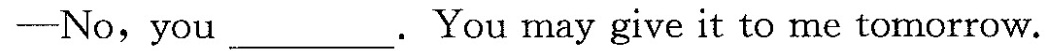
-No,you___.You may give it to me tomorrow.